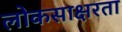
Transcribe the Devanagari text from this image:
लोकसाक्षरता